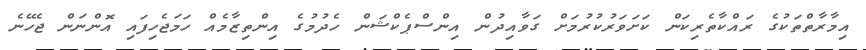
އިމާރާތްތަކުގެ ރައްކާތެރިކަން ކަށަވަރުކުރުމަށް ގަވާއިދުން އިންސްޕެކްޝަން ހެދުމުގެ އިންތިޒާމެއް ހަމަޖެހިފައި އޮންނަން ޖެހޭނެ